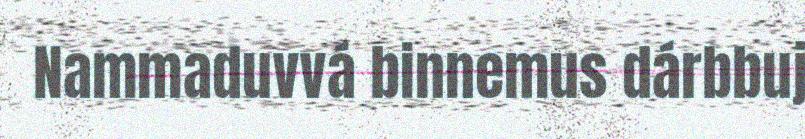
Nammaduvvá binnemus dárbbuj